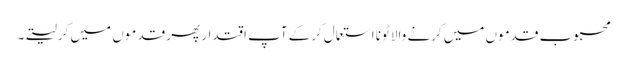
محبوب قدموں میں کرنے والا ٹونا استعمال کرکے آپ اقتدار پھر قدموں میں کرلیتے۔